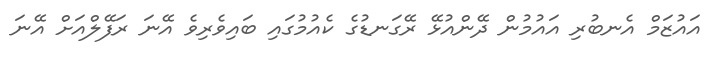
އައުޒަމް އެނބުރި އައުމުން ދޭންއުޅޭ ރޭގަނޑުގެ ކެއުމުގައި ބައިވެރިވެ އޭނަ ރަފޭލްއަށް އޭނަ